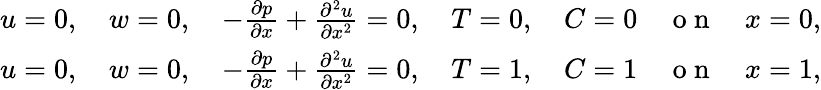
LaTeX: \begin{array}{r}{u=0,\quad w=0,\quad-\frac{\partial p}{\partial x}+\frac{\partial^{2}u}{\partial x^{2}}=0,\quad T=0,\quad C=0\quad\mathrm{~o~n~}\quad x=0,}\\ {u=0,\quad w=0,\quad-\frac{\partial p}{\partial x}+\frac{\partial^{2}u}{\partial x^{2}}=0,\quad T=1,\quad C=1\quad\mathrm{~o~n~}\quad x=1,}\end{array}